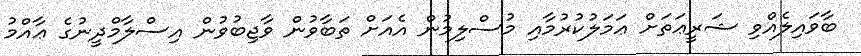
ބާވައިލެއްވި ޝަރީޢަތަށް ޢަމަލުކުރުމާއި މުސްލިމުން އެއަށް ތަބާވުން ވާޖިބުވުން އިސްލާމްދީނުގެ ޢާއްމު